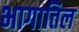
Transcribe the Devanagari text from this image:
भागातिल